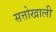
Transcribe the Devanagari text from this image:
सत्तोखाली